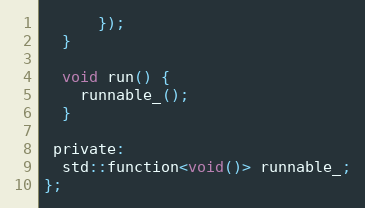
Language: C
      });
  }

  void run() {
    runnable_();
  }

 private:
  std::function<void()> runnable_;
};